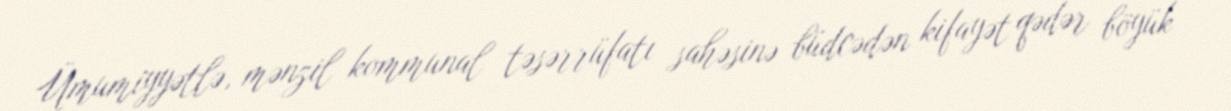
Ümumiyyətlə, mənzil kommunal təsərrüfatı sahəsinə büdcədən kifayət qədər böyük